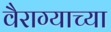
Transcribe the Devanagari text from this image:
वैराग्याच्या